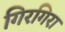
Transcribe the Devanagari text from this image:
गिरगिरा